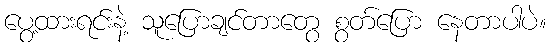
ပွေ့ထားရင်းနဲ့ သူပြောချင်တာတွေ စွတ်ပြော နေတာပါပဲ။